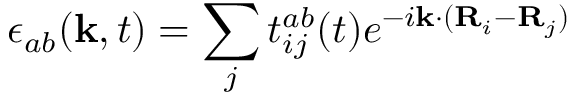
\epsilon _ { a b } ( \mathbf { k } , t ) = \sum _ { j } t _ { i j } ^ { a b } ( t ) e ^ { - i \mathbf { k } \cdot ( \mathbf { R } _ { i } - \mathbf { R } _ { j } ) }